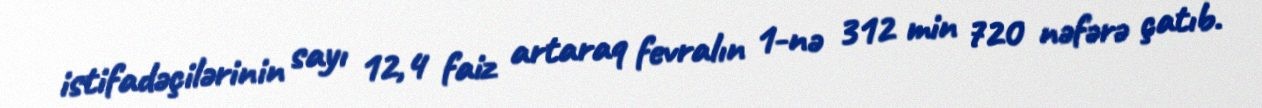
istifadəçilərinin sayı 12,4 faiz artaraq fevralın 1-nə 312 min 720 nəfərə çatıb.